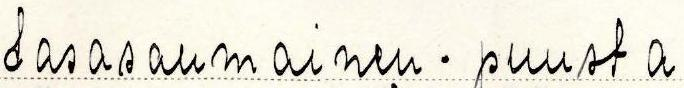
tasasaumainen - puusta